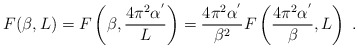
\begin{align*}F(\beta,L)= F\left(\beta, \frac{4\pi^{2}\alpha^{'}}{L}\right)= \frac{4\pi^{2}\alpha^{'}}{\beta^{2}} F\left(\frac{4\pi^{2}\alpha^{'}}{\beta},L\right)\;.\end{align*}